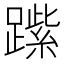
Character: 𨄐